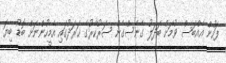
ފަހުން އެއްބަސް ވުމަށް ބަދަލު ގެނެސްގެން ސަރުކާރުގެ ޚަރަދުގައި އެމީހުންނަށް ބޮޑު ބިޔަ